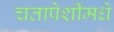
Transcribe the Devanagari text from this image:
चतापेशींमधे